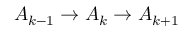
A _ { k - 1 } \to A _ { k } \to A _ { k + 1 }